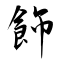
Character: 飾